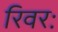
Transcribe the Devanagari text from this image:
रिवरः